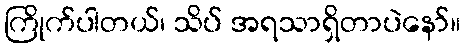
ကြိုက်ပါတယ်၊ သိပ် အရသာရှိတာပဲနော်။